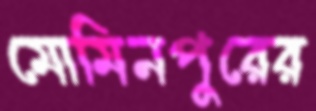
মোমিনপুরের